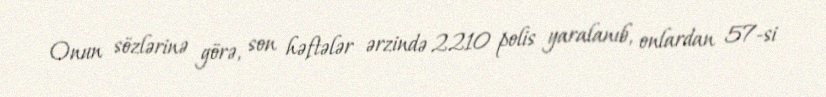
Onun sözlərinə görə, son həftələr ərzində 2210 polis yaralanıb, onlardan 57-si